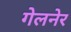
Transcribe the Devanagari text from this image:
गेलनेर